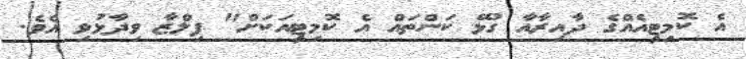
އެ ކޮމިޓީއެއްގެ ދާއިރާއާ ގުޅޭ ކަންތައް އެ ކޮމިޓީއަކަށް" ފިލްޒާ ވިދާޅުވި އެވެ.